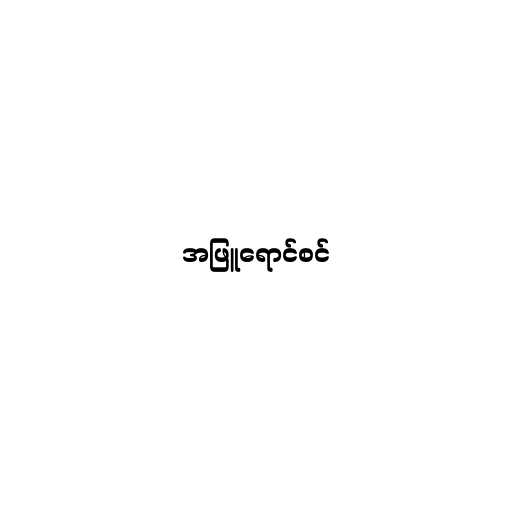
အဖြူရောင်စင်